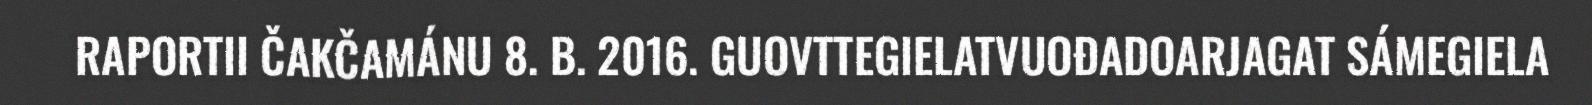
RAPORTII ČAKČAMÁNU 8. B. 2016. GUOVTTEGIELATVUOĐADOARJAGAT SÁMEGIELA